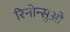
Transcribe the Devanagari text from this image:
रिनोन्सुओ